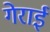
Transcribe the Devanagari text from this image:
गेराई